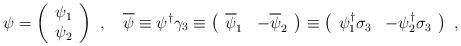
LaTeX: \begin{align*}\psi=\left(\begin{array}{c}\psi_{1}\\\psi_{2}\end{array}\right)\ ,\quad\overline\psi\equiv\psi^{\dag}\gamma_{3}\equiv\left(\begin{array}{cc}\overline\psi_{1}&-\overline\psi_{2}\end{array}\right)\equiv\left(\begin{array}{cc}\psi_{1}^{\dag}\sigma_{3}&-\psi_{2}^{\dag}\sigma_{3}\end{array}\right)\ ,\end{align*}